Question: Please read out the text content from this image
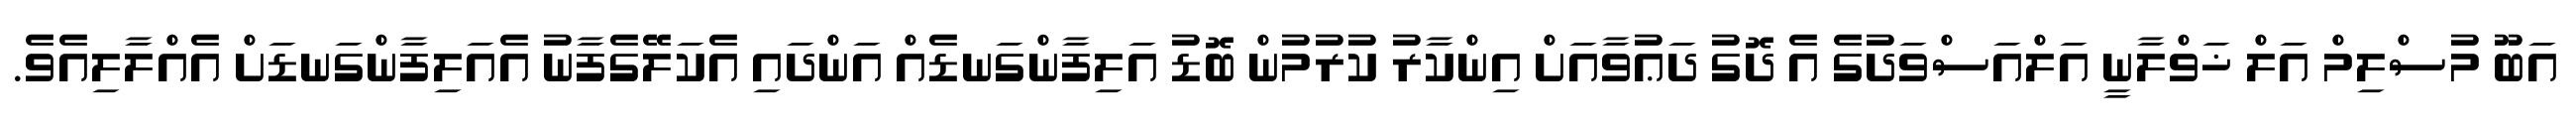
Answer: އަބޫ މުސްލިމް އަލް ޚަވްލާނީ އަލްއަސްވަދުގެ އެ ދޮގު ދަޢުވާއަށް އިންކާރު ކުރުމުން ބޮޑު އަލިފާންގަނޑެއް އަންދައި އެކަލޭގެފާނު އެއަލިފާންގަނޑަށް އެއްލާލިއެވެ.